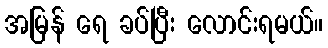
အမြန် ရေ ခပ်ပြီး လောင်းရမယ်။